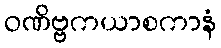
ဝဏိဗ္ဗကယာစကာနံ